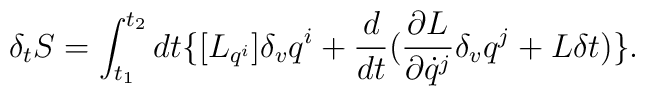
\delta_t{S}=\int_{t_1}^{t_2}dt \{[{L}_{q^ i}] \delta_v q^i+\frac{d}{dt}(\frac{\partial {L}}{\partial \dot q^j}\delta_v q^j+{L}\delta t)\}.